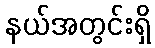
နယ်အတွင်းရှိ